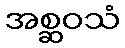
အစ္ဆဝသံ